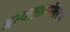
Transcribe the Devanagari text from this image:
अभ्यासाबरोबरच